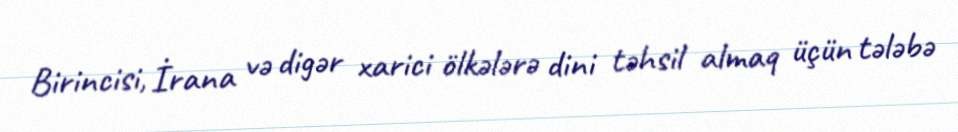
Birincisi, İrana və digər xarici ölkələrə dini təhsil almaq üçün tələbə